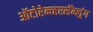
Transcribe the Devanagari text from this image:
ऑटोरेन्व्हरसॅम्लुंग